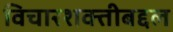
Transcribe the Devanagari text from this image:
विचारशक्तीबद्दल